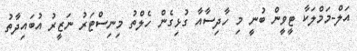
އަލް-މަމްލަކާ ޓީވީން ބުނީ މި ހާދިސާއާ ގުޅިގެން ހެލްތު މިނިސްޓަރު ނަޒީރު އުބައިދާތު